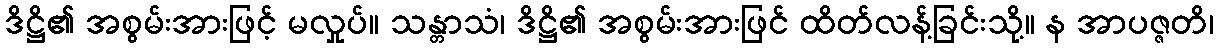
ဒိဋ္ဌိ၏ အစွမ်းအားဖြင့် မလှုပ်။ သန္တာသံ၊ ဒိဋ္ဌိ၏ အစွမ်းအားဖြင် ထိတ်လန့်ခြင်းသို့။ န အာပဇ္ဇတိ၊